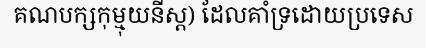
គណបក្សកុម្មុយនីស្ត) ដែលគាំទ្រដោយប្រទេស